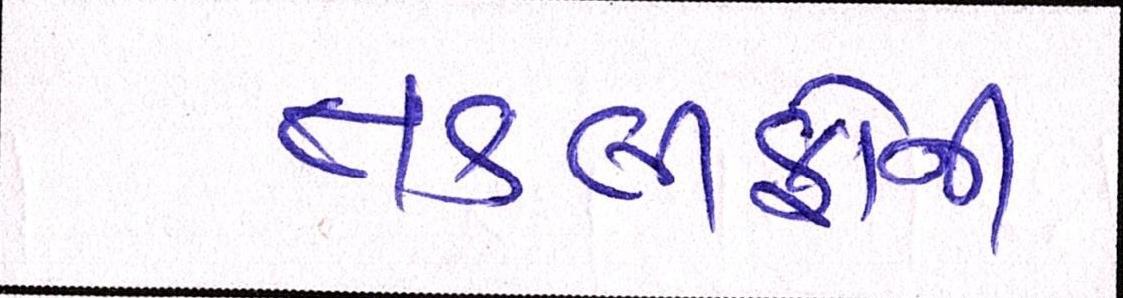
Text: તકલીફોની